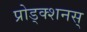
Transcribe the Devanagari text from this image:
प्रोड्क्शनस्